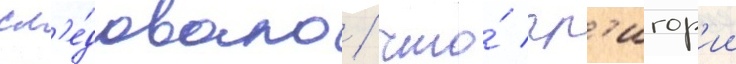
сл'е́довало / что́ гр'игор'ии